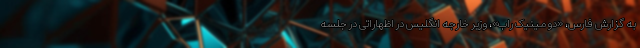
به گزارش فارس، «دومینیک راب»، وزیر خارجه انگلیس در اظهاراتی در جلسه